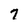
Character: 7